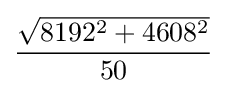
{\frac {\sqrt {8192^{2}+4608^{2}}}{50}}